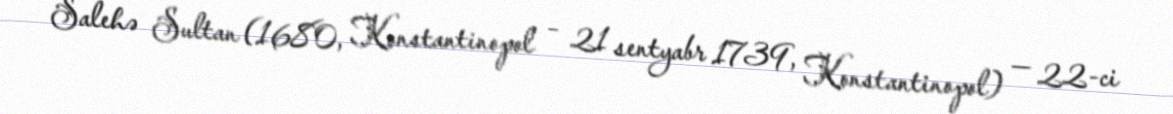
Salehə Sultan (1680, Konstantinopol – 21 sentyabr 1739, Konstantinopol) — 22-ci